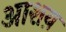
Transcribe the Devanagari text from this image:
आशय़